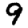
Digit: 9